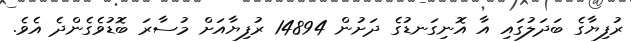
ރުފިޔާގެ ބަދަލުގައި އާ އޮނިގަނޑުގެ ދަށުން 14894 ރުފިޔާއަށް މުސާރަ ބޮޑުވެގެންދެ އެވެ.